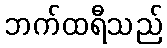
ဘက်ထရီသည်